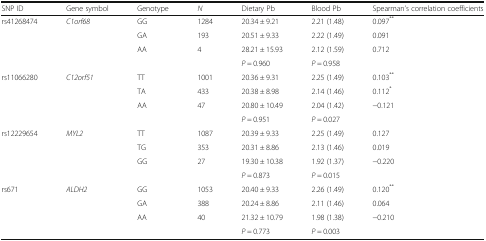
<table><thead><tr><td><b>SNP ID</b></td><td><b>Gene symbol</b></td><td><b>Genotype</b></td><td><b><i>N</i></b></td><td><b>Dietary Pb</b></td><td><b>Blood Pb</b></td><td><b>Spearman’s correlation coefficients</b></td></tr></thead><tbody><tr><td>rs41268474</td><td><i>C1orf68</i></td><td>GG</td><td>1284</td><td>20.34 ± 9.21</td><td>2.21 (1.48)</td><td>0.097<sup>**</sup></td></tr><tr><td></td><td></td><td>GA</td><td>193</td><td>20.51 ± 9.33</td><td>2.22 (1.49)</td><td>0.091</td></tr><tr><td></td><td></td><td>AA</td><td>4</td><td>28.21 ± 15.93</td><td>2.12 (1.59)</td><td>0.712</td></tr><tr><td></td><td></td><td></td><td></td><td><i>P</i> = 0.960</td><td><i>P</i> = 0.958</td><td></td></tr><tr><td>rs11066280</td><td><i>C12orf51</i></td><td>TT</td><td>1001</td><td>20.36 ± 9.31</td><td>2.25 (1.49)</td><td>0.103<sup>**</sup></td></tr><tr><td></td><td></td><td>TA</td><td>433</td><td>20.38 ± 8.98</td><td>2.14 (1.46)</td><td>0.112<sup>*</sup></td></tr><tr><td></td><td></td><td>AA</td><td>47</td><td>20.80 ± 10.49</td><td>2.04 (1.42)</td><td>−0.121</td></tr><tr><td></td><td></td><td></td><td></td><td><i>P</i> = 0.951</td><td><i>P</i> = 0.027</td><td></td></tr><tr><td>rs12229654</td><td><i>MYL2</i></td><td>TT</td><td>1087</td><td>20.39 ± 9.33</td><td>2.25 (1.49)</td><td>0.127</td></tr><tr><td></td><td></td><td>TG</td><td>353</td><td>20.31 ± 8.86</td><td>2.13 (1.46)</td><td>0.019</td></tr><tr><td></td><td></td><td>GG</td><td>27</td><td>19.30 ± 10.38</td><td>1.92 (1.37)</td><td>−0.220</td></tr><tr><td></td><td></td><td></td><td></td><td><i>P</i> = 0.873</td><td><i>P</i> = 0.015</td><td></td></tr><tr><td>rs671</td><td><i>ALDH2</i></td><td>GG</td><td>1053</td><td>20.40 ± 9.33</td><td>2.26 (1.49)</td><td>0.120<sup>**</sup></td></tr><tr><td></td><td></td><td>GA</td><td>388</td><td>20.24 ± 8.86</td><td>2.11 (1.46)</td><td>0.064</td></tr><tr><td></td><td></td><td>AA</td><td>40</td><td>21.32 ± 10.79</td><td>1.98 (1.38)</td><td>−0.210</td></tr><tr><td></td><td></td><td></td><td></td><td><i>P</i> = 0.773</td><td><i>P</i> = 0.003</td><td></td></tr></tbody></table>